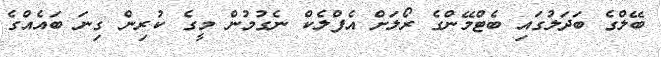
ބޭލްގެ ބަދަލުގައި ބެޓްމޭންގެ ރޯލަށް އެފްލެކް ނެގުމުން މީގެ ކުރިން ގިނަ ބައެއްގެ